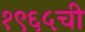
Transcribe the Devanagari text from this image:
१९६५ची